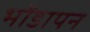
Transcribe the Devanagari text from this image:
भोंडापन